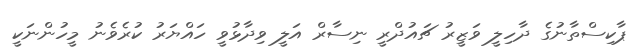
ޕާކިސްތާނުގެ ދާހިލީ ވަޒީރު ޗައުދްރީ ނިސާރް އަލީ ވިދާޅުވީ ހައްޔަރު ކުރެވެނު މީހުންނަކީ